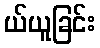
ယ်ယူခြင်း